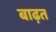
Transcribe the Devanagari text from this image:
बाढ़त